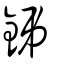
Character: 銱